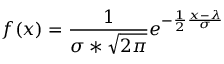
f ( x ) = \frac { 1 } { \sigma * \sqrt { 2 \pi } } e ^ { - \frac { 1 } { 2 } \frac { x - \lambda } { \sigma } }